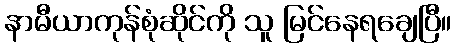
နာမီယာကုန်စုံဆိုင်ကို သူ မြင်နေရချေပြီ။